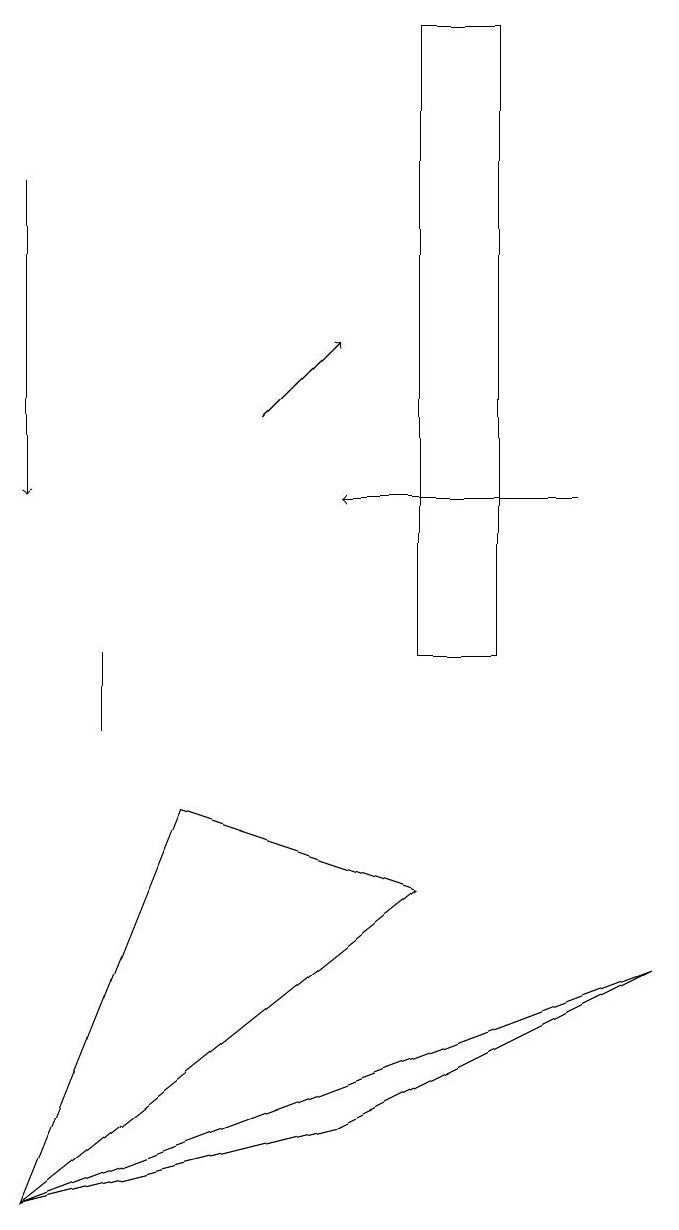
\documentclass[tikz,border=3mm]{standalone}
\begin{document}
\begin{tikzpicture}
\draw (4,5) -- (0,4) -- (8,7) -- cycle;
\draw[->] (7,13) -- (4,13);
\draw[->] (0,17) -- (0,13);
\draw (1,11) rectangle (1,10);
\draw[->] (3,14) -- (4,15);
\draw (6,19) rectangle (5,11);
\draw (2,9) -- (5,8) -- (0,4) -- cycle;
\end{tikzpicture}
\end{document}